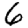
Digit: 6